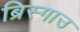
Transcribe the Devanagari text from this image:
ब्रिस्गाउ